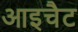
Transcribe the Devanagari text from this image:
आइचैट